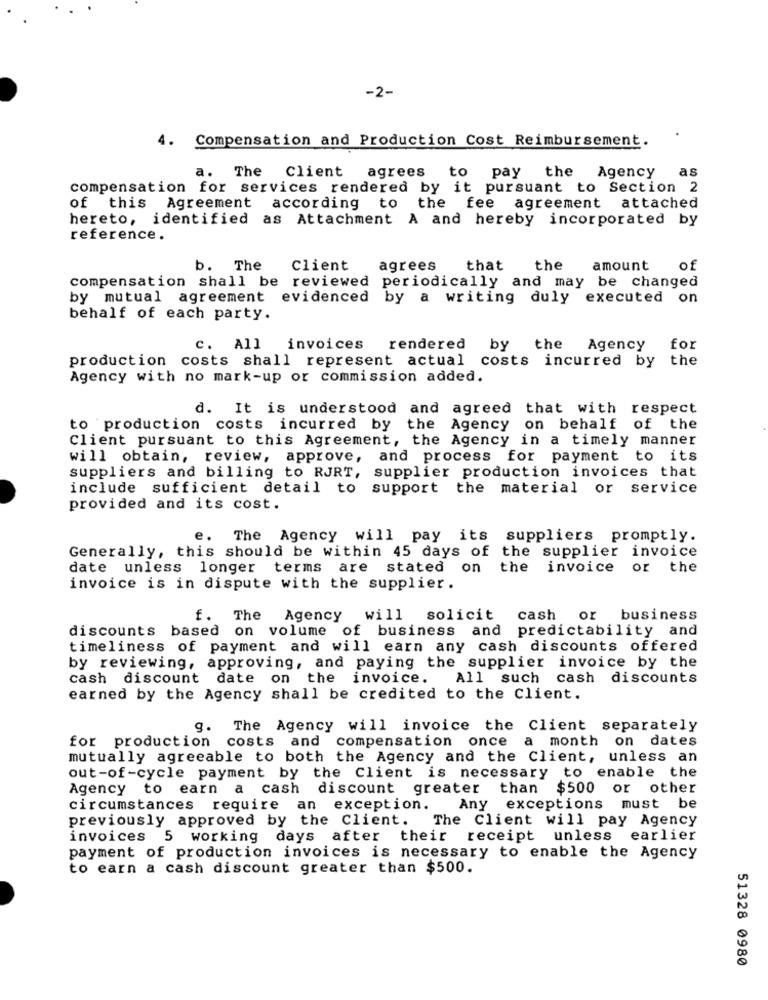
-2-
4.
Compensation and Production Cost Reimbursement.
a. The Client agrees to pay the Agency
as
compensation for services rendered by it pursuant to Section 2
of this Agreement according to the fee agreement attached
hereto, identified as Attachment A and hereby incorporated by
reference.
b. The
Client
agrees
that
the
amount
of
compensation shall be reviewed periodically and may be changed
by mutual agreement evidenced by a writing duly executed on
behalf of each party.
c. All invoices
rendered
by the Agency for
production costs shall represent actual costs incurred by the
Agency with no mark-up or commission added.
d. It is understood and agreed that with respect
to production costs incurred by the Agency on behalf of the
Client pursuant to this Agreement, the Agency in a timely manner
will obtain, review, approve, and process for payment to its
suppliers and billing to RJRT, supplier production invoices that
include sufficient detail to support the material or service
provided and its cost.
e. The Agency will pay its suppliers promptly.
Generally, this should be within 45 days of the supplier invoice
date unless longer terms
are stated on the
invoice or the
invoice is in dispute with the supplier.
f. The Agency
will
solicit cash or
business
discounts based on volume of business and predictability and
timeliness of payment and will earn any cash discounts offered
by reviewing, approving, and paying the supplier invoice by the
cash discount date on the invoice.
All such cash discounts
earned by the Agency shall be credited to the Client.
g.
The Agency will invoice the Client separately
for production costs and compensation once
a month on dates
mutually agreeable to both the Agency and the Client, unless an
out-of-cycle payment by the Client is necessary to enable the
Agency to earn a cash discount greater than $500 or other
circumstances require an exception.
Any exceptions must be
previously approved by the Client.
The Client will pay Agency
invoices 5 working days after their receipt unless earlier
payment of production invoices is necessary to enable the Agency
to earn a cash discount greater than $500.
51328 0980